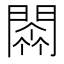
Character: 𨵼